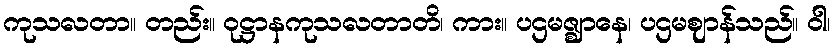
ကုသလတာ။ တည်း။ ဝုဋ္ဌာနကုသလတာတိ၊ ကား။ ပဌမဇ္ဈာနေ၊ ပဌမဈာန်သည်။ ဝါ၊